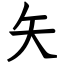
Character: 矢